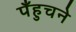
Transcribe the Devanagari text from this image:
पँहुचने